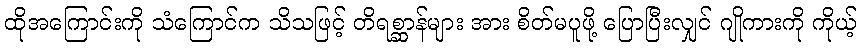
ထိုအကြောင်းကို သံကြောင်က သိသဖြင့် တိရစ္ဆာန်များ အား စိတ်မပူဖို့ ပြောပြီးလျှင် ဂျိုကားကို ကိုယ့်